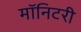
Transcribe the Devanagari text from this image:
मॉनिटरी